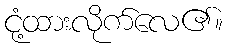
ငုံ့ထားလိုက်လေ၏။